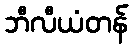
ဘီလီယံတန်